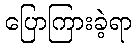
ပြောကြားခဲ့ရာ